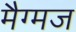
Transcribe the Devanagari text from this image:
मैग्मज